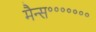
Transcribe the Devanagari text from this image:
मैन्स॰॰॰॰॰॰॰